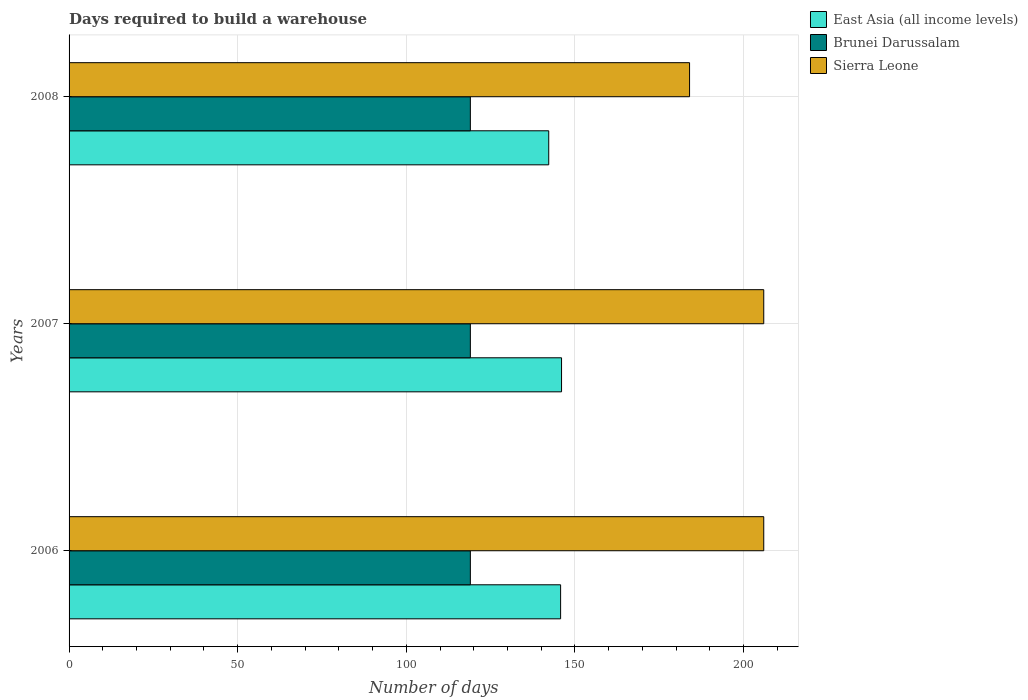
| Years | East Asia (all income levels) | Brunei Darussalam | Sierra Leone |
 | --- | --- | --- | --- |
 | 2006 | 146 | 119 | 206 |
 | 2007 | 146 | 119 | 206 |
 | 2008 | 142 | 119 | 184 |